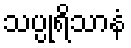
သပ္ပုရိသာနံ